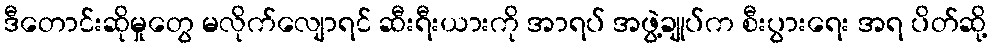
ဒီတောင်းဆိုမှုတွေ မလိုက်လျောရင် ဆီးရီးယားကို အာရပ် အဖွဲ့ချုပ်က စီးပွားရေး အရ ပိတ်ဆို့